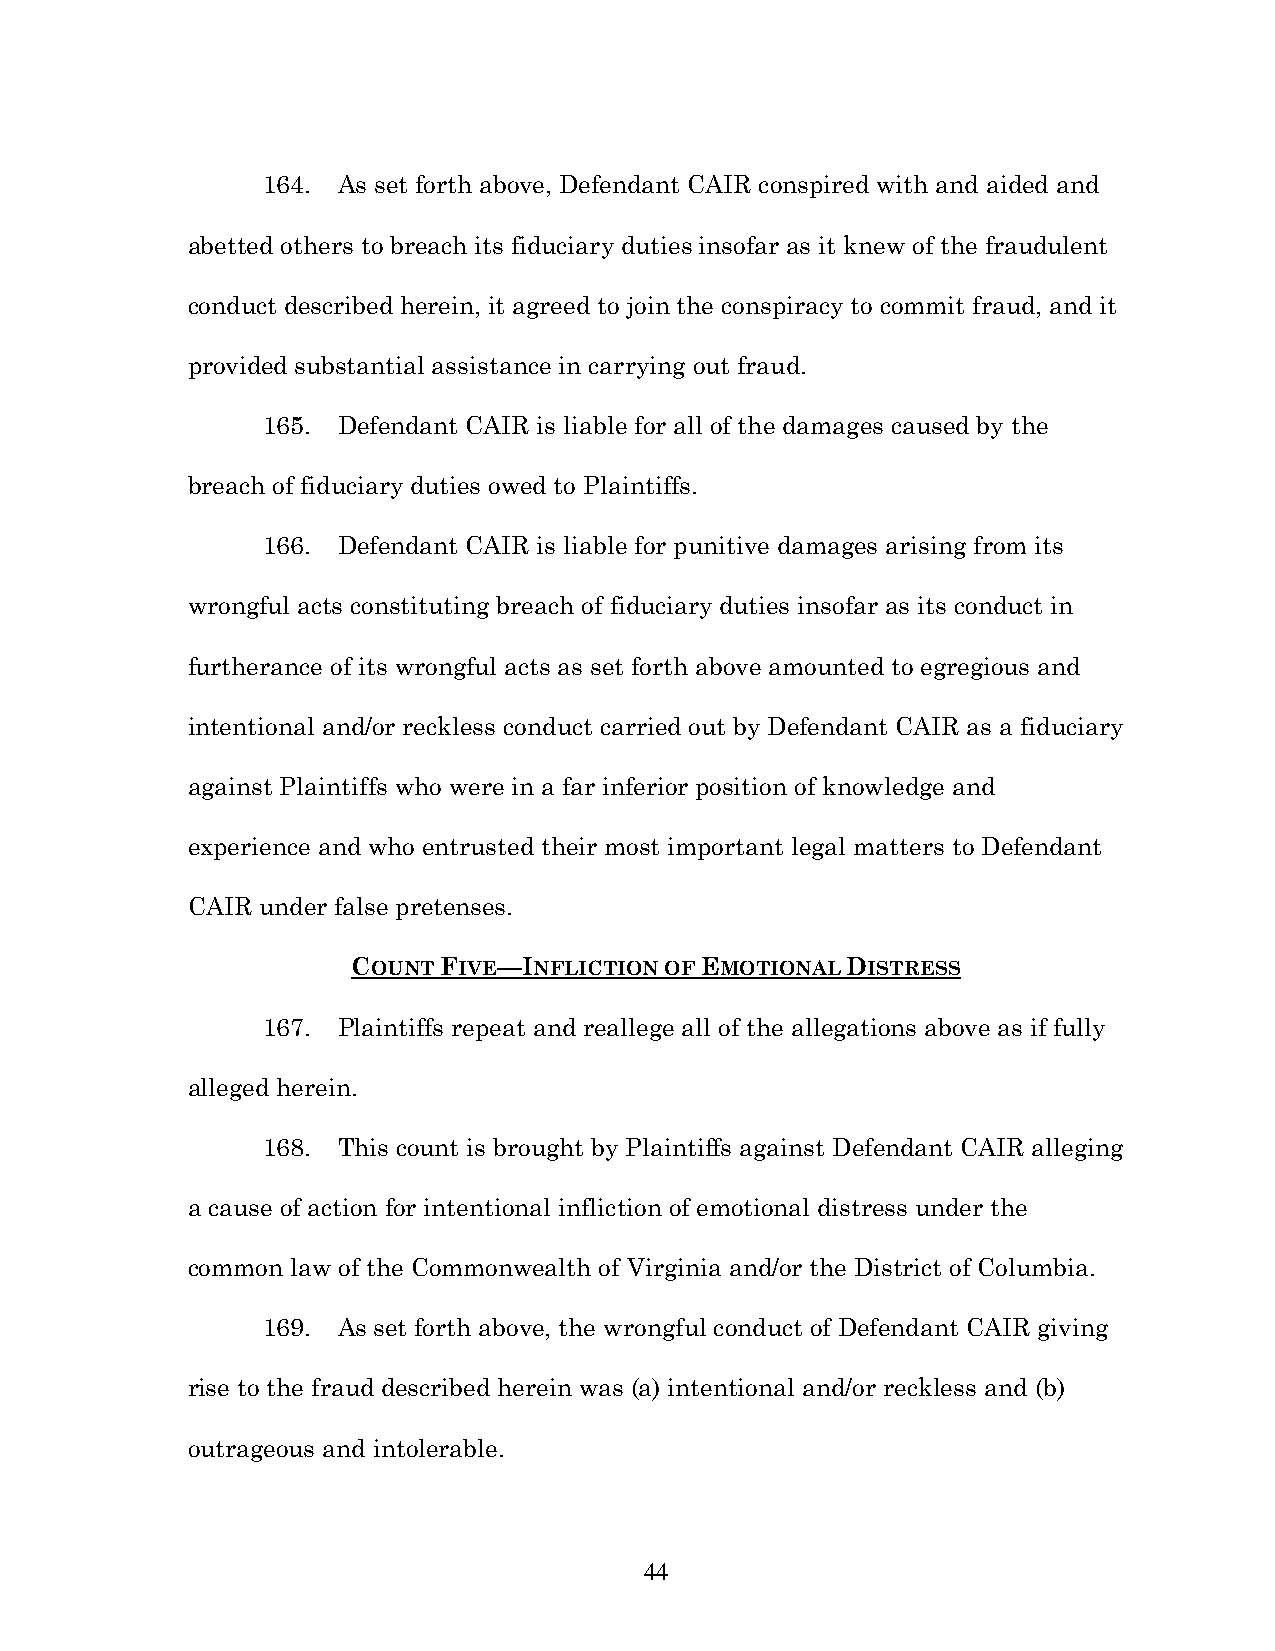
164. As set forth above, Defendant CAIR conspired with and aided and
 abetted others to breach its fiduciary duties insofar as it knew of the fraudulent
 conduct described herein, it agreed to join the conspiracy to commit fraud, and it
 provided substantial assistance in carrying out fraud.
 165. Defendant CAIR is liable for all of the damages caused by the
 breach of fiduciary duties owed to Plaintiffs.
 166. Defendant CAIR is liable for punitive damages arising from its
 wrongful acts constituting breach of fiduciary duties insofar as its conduct in
 furtherance of its wrongful acts as set forth above amounted to egregious and
 intentional and/or reckless conduct carried out by Defendant CAIR as a fiduciary
 against Plaintiffs who were in a far inferior position of knowledge and
 experience and who entrusted their most important legal matters to Defendant
 CAIR under false pretenses.
 COUNT FIVE—INFLICTION OF EMOTIONAL DISTRESS
 167. Plaintiffs repeat and reallege all of the allegations above as if fully
 alleged herein.
 168. This count is brought by Plaintiffs against Defendant CAIR alleging
 a cause of action for intentional infliction of emotional distress under the
 common law of the Commonwealth of Virginia and/or the District of Columbia.
 169. As set forth above, the wrongful conduct of Defendant CAIR giving
 rise to the fraud described herein was (a) intentional and/or reckless and (b)
 outrageous and intolerable.
 44